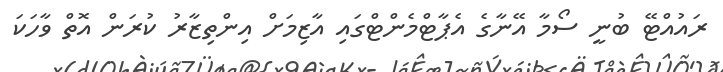
ރައުއްޓޭ ބުނީ ސޯމާ އޭނާގެ އެޕާޓްމެންޓްގައި އާޒިމަށް އިންތިޒާރު ކުރަން އޮތް ވާހަކަ